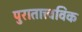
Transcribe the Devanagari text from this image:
पुरातात्त्वविक